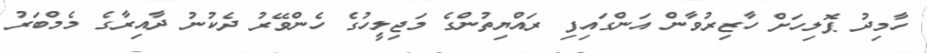
ހާމިދު ޕޮލިހަށް ހާޒިރުވާން އަންގައިފި ރައްޔިތުންގެ މަޖިލީހުގެ ހެންވޭރު ދެކުނު ދާއިރާގެ މެމްބަރު